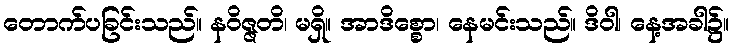
တောက်ပခြင်းသည်။ နဝိဇ္ဇတိ၊ မရှိ။ အာဒိစ္စော၊ နေမင်းသည်။ ဒိဝါ၊ နေ့အခါ၌။